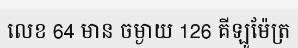
លេខ 64 មាន ចម្ងាយ 126 គីឡូម៉ែត្រ